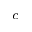
^ { c }